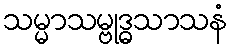
သမ္မာသမ္ဗုဒ္ဓသာသနံ